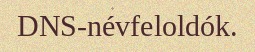
DNS-névfeloldók.